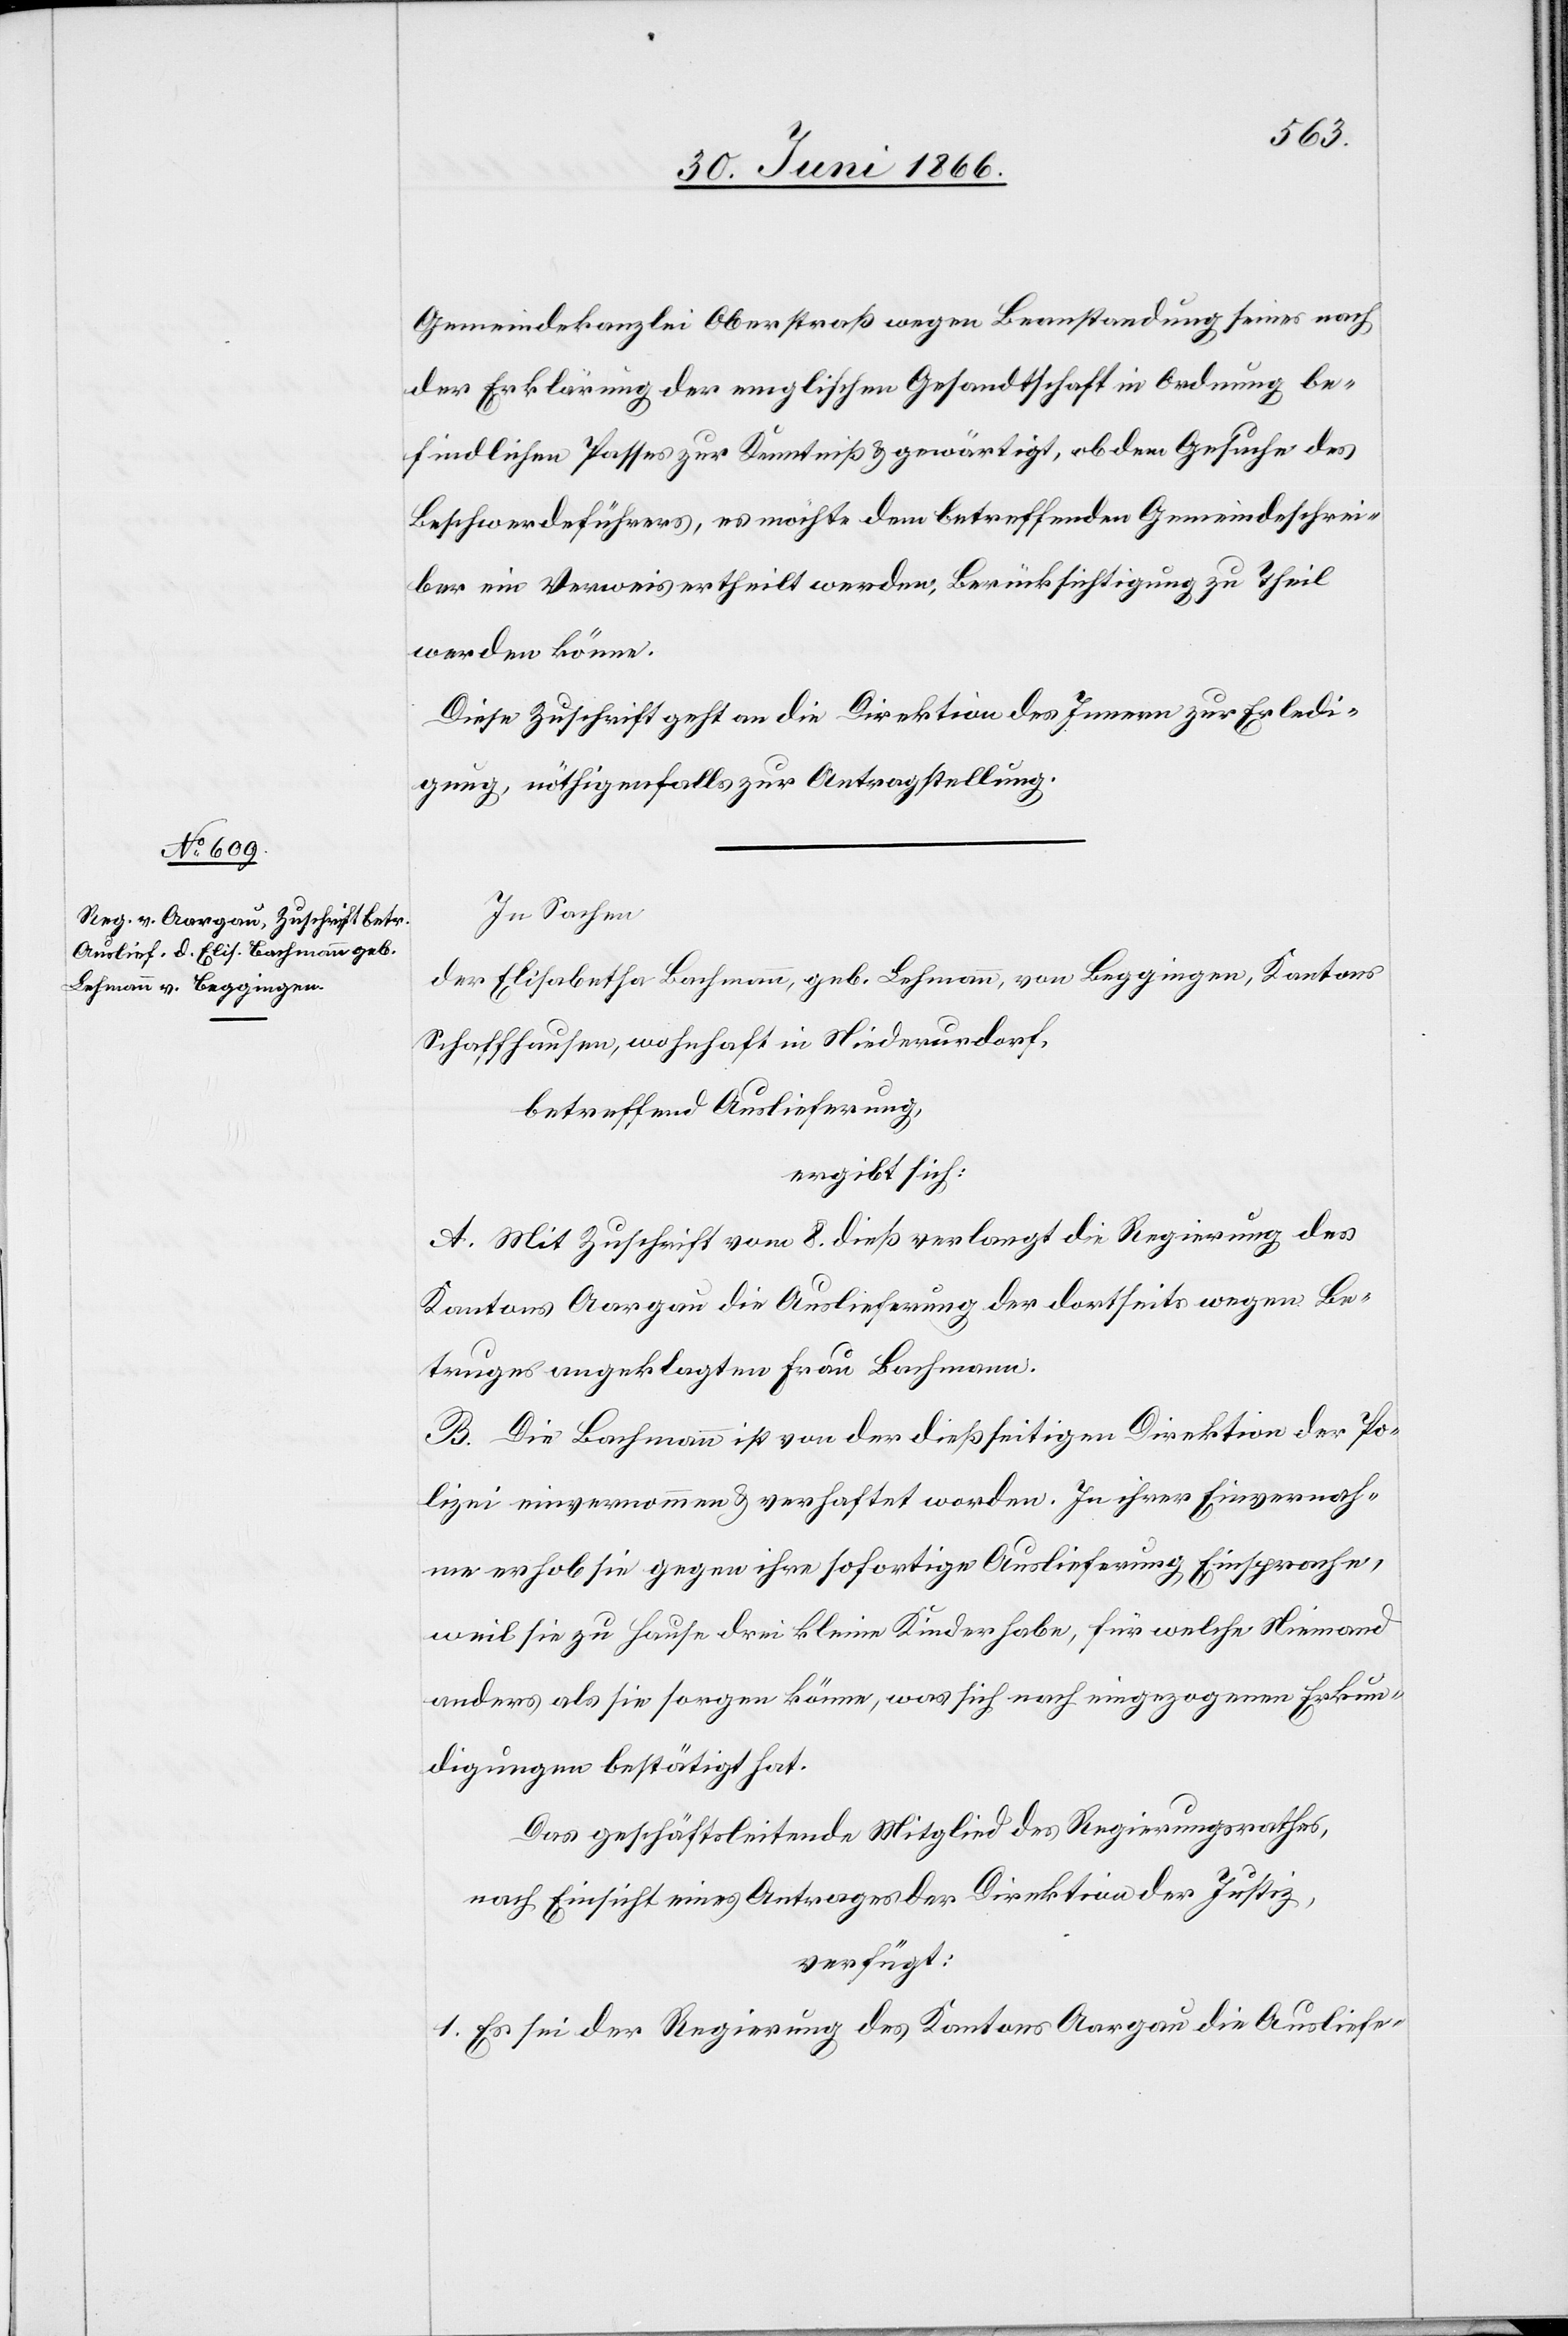
Gemeindskanzlei Oberstraße wegen Beanstandung seines nach
der Erklärung der englischen Gesandtschaft in Ordnung be¬
findlichen Passes zur Kenntniß u. gewärtigt, ob dem Gesuche des
Beschwerdeführers, es möchte dem betreffenden Gemeindeschrei¬
ber ein Verweis ertheilt werden, Berücksichtigung zu Theil
werden könne.
Diese Zuschrift geht an die Direktion des Innern zur Erledi¬
gung, nöthigenfalls zur Antragstellung.
In Sachen
der Elisabetha Bachmann, geb. Lehmann, von Beggingen, Kantons
Schaffhausen, wohnhaft in Niederurdorf,
betreffend Auslieferung,
ergibt sich:
A. Mit Zuschrift vom 8. dieß verlangt die Regierung des
Kantons Aargau die Auslieferung der dorthin wegen Be¬
truges angeklagten Frau Bachmann.
B. Die Bachmann ist von der dießseitigen Direktion der Po¬
lizei einvernommen u. verhaftet worden. In ihrer Einvernah¬
me erhob sie gegen ihre sofortige Auslieferung Einsprache,
weil sie zu Hause drei kleine Kinder habe, für welche Niemand
anders als sie sorgen könne, was sich nach eingezogenen Erkun¬
digungen bestätigt hat.
Das geschäftsleitende Mitglied des Regierungsrathes,
nach Einsicht eines Antrages der Direktion der Justiz,
verfügt:
1. Es sei der Regierung des Kantons Aargau die Auslief-